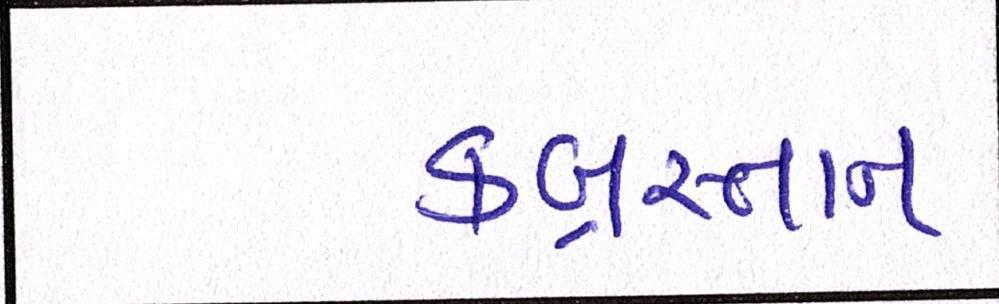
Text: કબ્રસ્તાન